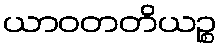
ယာဝတတိယဉ္စ